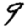
Digit: 9